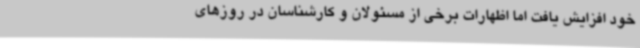
خود افزایش یافت اما اظهارات برخی از مسئولان و کارشناسان در روزهای